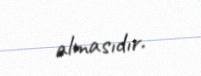
almasıdır.